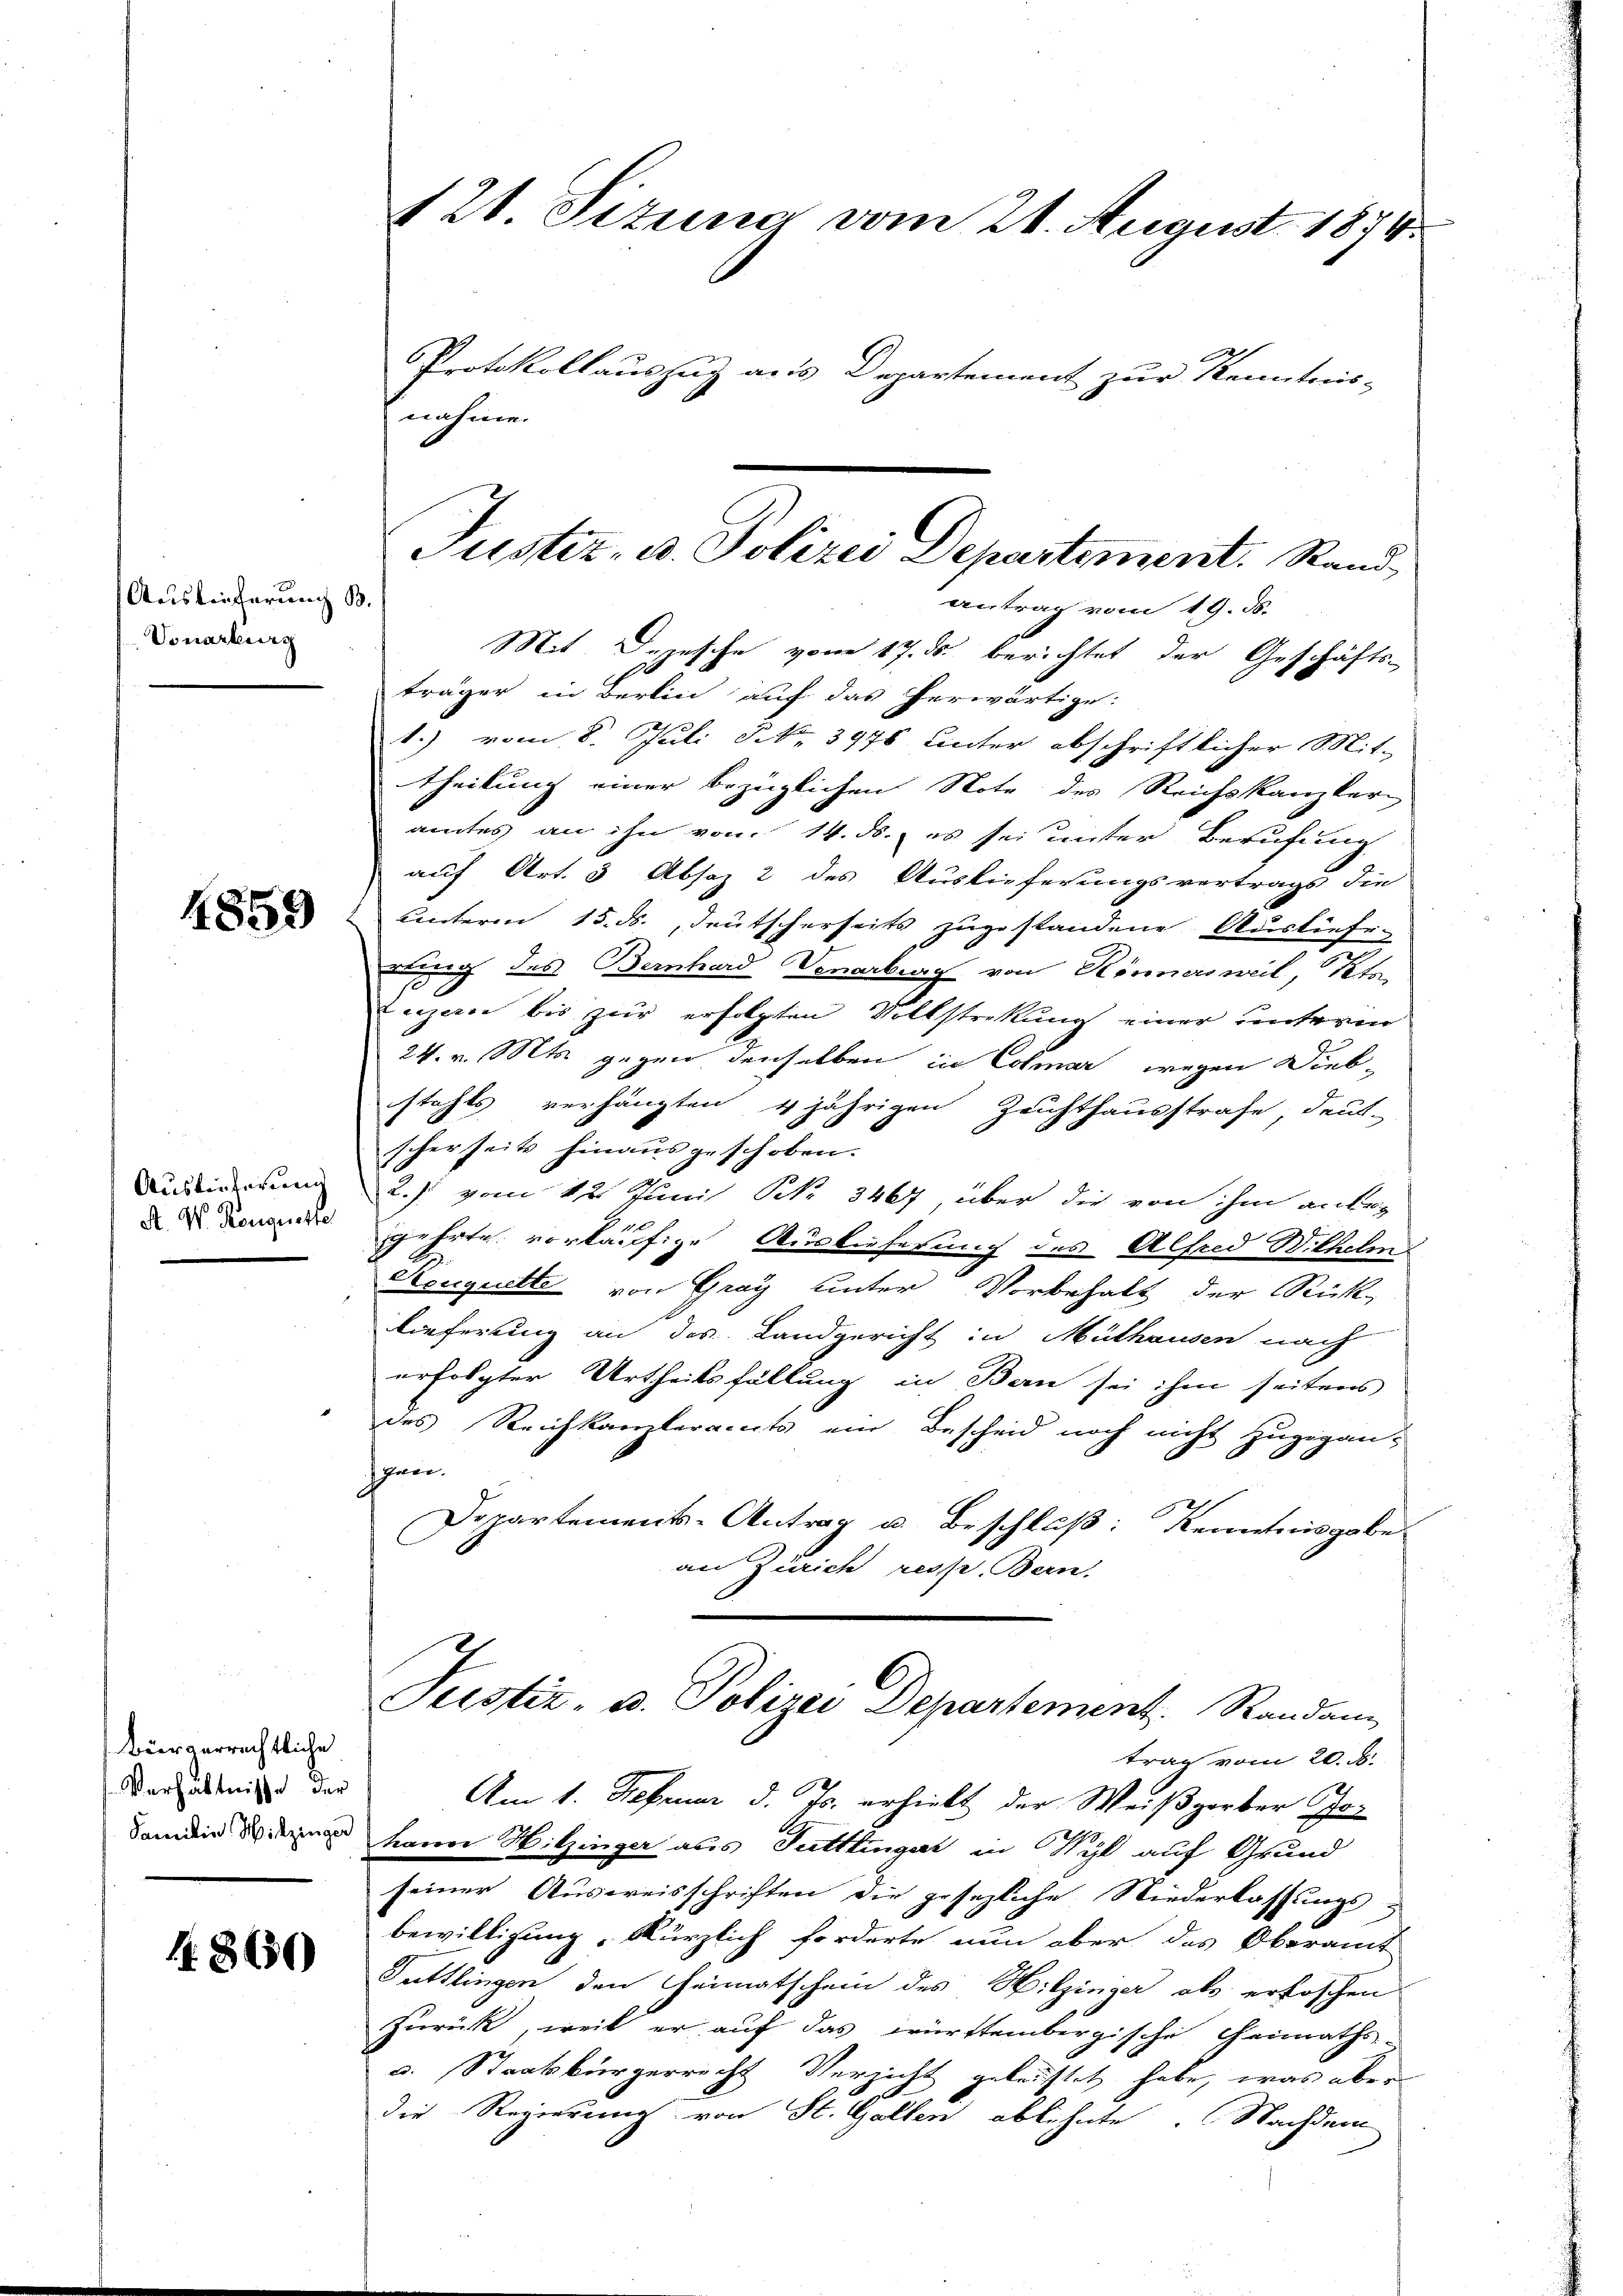
Auslieferung B.
Vonarburg

4859

Auslieferung
A. W. Kouquette

Büergerrechtliche
Verhältnisse der
Familie Witzinger

1.8650

antrag vom 19. ds.
Mit Depesche vom 17. ds. berichtet der Geschäfts-
träger in Berlin auf das herwärtige:
1.) vom 8. Juli NNo. 3978 unter abschriftlicher Mit-
theilung einer bezüglichen Note des Reichskanzler
amtes an ihn vom 14. ds. es sei unter Berufung
auf Art. 3 Absaz 2 des Auslieferungsvertrags die
Unterm 15. ds., deutscherseits zugestandene Ausliefe
Ling des Bernhard Venertrag von Sinnersweil, Kla¬
Luzern bis zur erfolgten Volkstreckung einer unterm
24. v. Mts. gegen denselben in Colmar wegen Diebstehts verhängten 4 jährigen Zeichthausstrafe, deut-
scherseits hinausgeschoben.
2.) vom 12. Juni BR. 3467, über die von ihm antrag
gehrte vorläufige Auslieferung des Alfred Wilhelm
Seuquette von Graz unter Vorbehalt der Rück-
lieferung an des Landgericht in Mülhausen nach
erfolgter Urtheilsfällung in Bern sei ihm seitens
des Reichkanzleramts ein Bescheid noch nicht zugegan-
Schwer.
Departements-Antrag u. Beschluß: Kenntnisgabe
an Zürich resp. Bern.
Justiz, u. Polizei Departement. Randan
trag vom 20. d.
Am 1. Februar d. Js. erhielt der Weißgerber Jokann Hitzinger aus Tuttlingert in Wyl auf Grund
seiner Ausweisschriften die gesezliche Niederlassungs
bewilligung, kürzlich forderte nun aber das Oberamt
Tuttlingen den Heimatschein des Hitzinger als erfoschen
zurück, weil er auf das württembergische Heimaths-
u. Staatsbürgerrecht Verzicht gekauftet habe, was aber
die Regierung von St. Gallen ablehnte. Nachdem

121. Situna vom 21. August 1874.
Protokollauszug aus Departement zur Kenntnis-
nahmen

Justiz- u. Polizei Departement. Stand